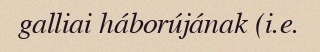
galliai háborújának (i.e.